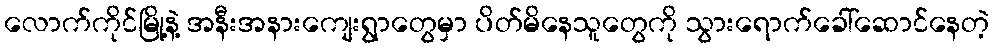
လောက်ကိုင်မြို့နဲ့ အနီးအနားကျေးရွာတွေမှာ ပိတ်မိနေသူတွေကို သွားရောက်ခေါ်ဆောင်နေတဲ့